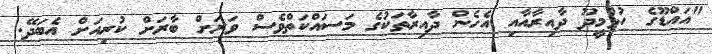
"އައްޑޫގެ ހުޅުމީދޫ ދާއިރާއާއި އެހެން ދާއިރާތަކުގެ މަސައްކަތްވެސް ވަރަށް ބާރަށް ކުރިއަށް އެބަދޭ.